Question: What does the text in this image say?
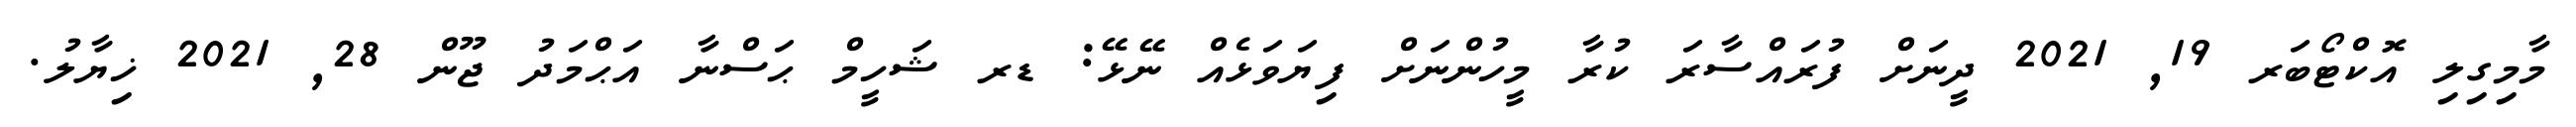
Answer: މާމިގިލި އޮކްޓޯބަރ 19, 2021 ދީނަށް ފުރައްސާރަ ކުރާ މީހުންނަށް ފިޔަވަޅެއް ނޭޅޭ: ޑރ ޝަހީމް ޙަސްނާ އަޙްމަދު ޖޫން 28, 2021 ޚިޔާލު.